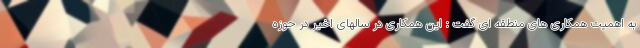
به اهمیت همکاری های منطقه ای گفت : این همکاری در سالهای اخیر در حوزه